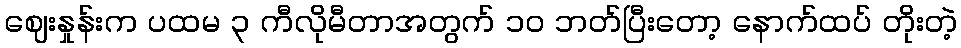
ဈေးနှုန်းက ပထမ ၃ ကီလိုမီတာအတွက် ၁၀ ဘတ်ပြီးတော့ နောက်ထပ် တိုးတဲ့